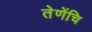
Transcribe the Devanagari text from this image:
तेणेंचि